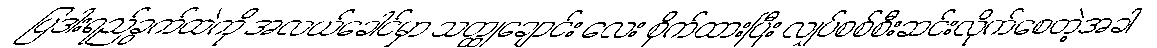
ပြဒါးရည်ခွက်ထဲကို အလယ်ခေါင်မှာ သတ္ထုချောင်း လေး စိုက်ထားပြီး လျှပ်စစ်စီးဆင်းလိုက်စေတဲ့အခါ